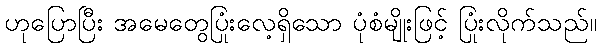
ဟုပြောပြီး အမေတွေပြုံးလေ့ရှိသော ပုံစံမျိုးဖြင့် ပြုံးလိုက်သည်။